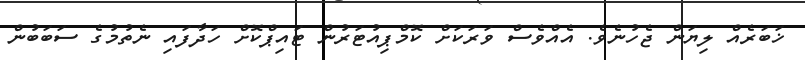
ޚަބަރެއް ލިޔަން ޖެހުނެވެ. އެއްވެސް ވަރަކަށް ކޮމްޕިއުޓަރުން ޓައިޕްކޮށް ހަދާފައި ނެތުމުގެ ސަބަބުން